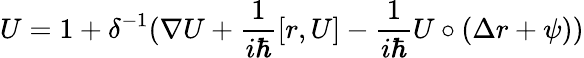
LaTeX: U=1+\delta^{-1}(\nabla U+\frac 1{i\hbar}[r,U]-\frac 1{i\hbar}U\circ(\Delta r+\psi))